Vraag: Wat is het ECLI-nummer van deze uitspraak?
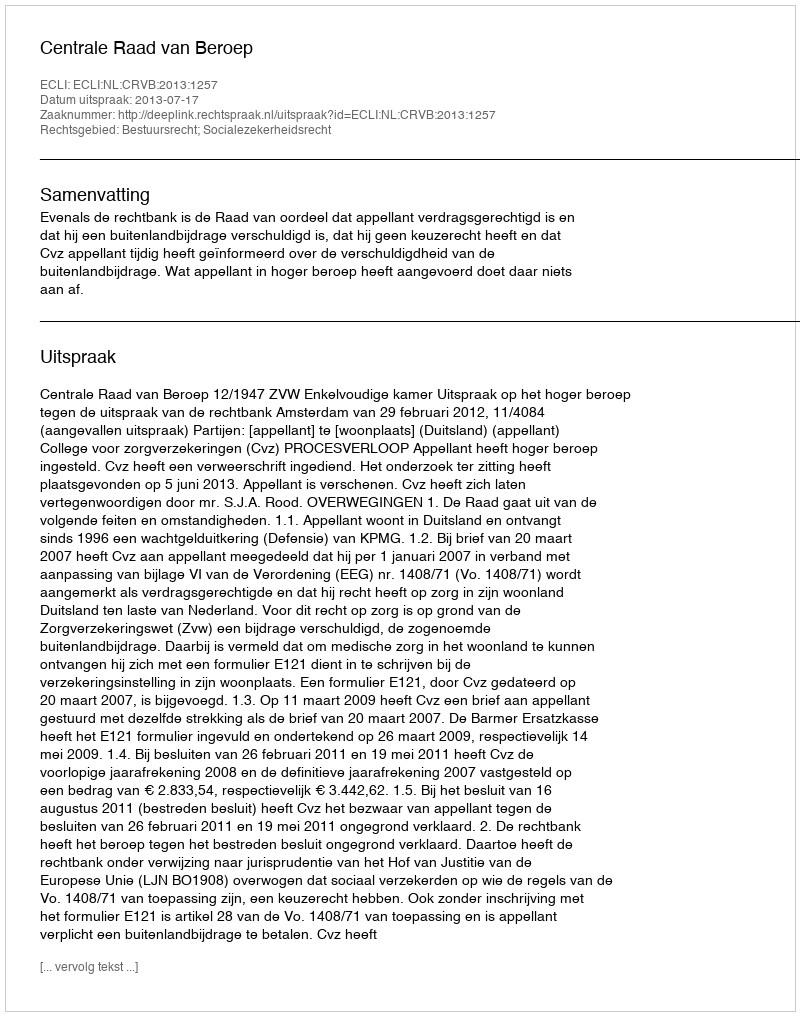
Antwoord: ECLI:NL:CRVB:2013:1257